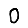
Digit: 0